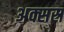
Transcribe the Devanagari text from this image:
अक्सस्र